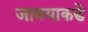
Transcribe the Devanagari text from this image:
जावयाकडे